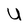
Character: U